Tezpur Lunatic Asylum reports 1895-1904 - 1895-1904
Year: 1895
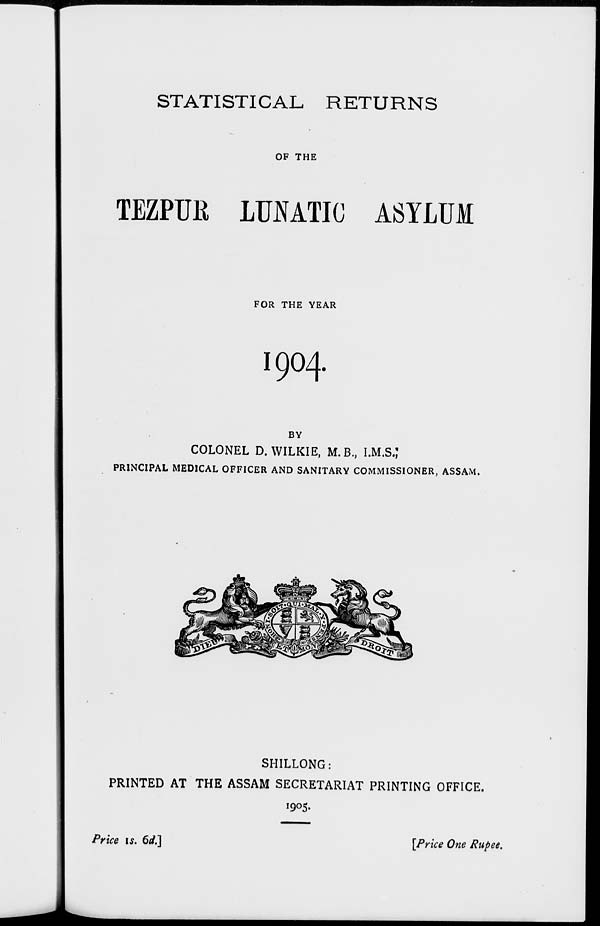
STATISTICAL RETURNS
OF THE
TEZPUK LUNATIC ASYLUM
FOR THE YEAR
1904
BY
COLONEL D. WILKIE, M.B., I.M.S.;
PRINCIPAL MEDICAL OFFICER AND SANITARY COMMISSIONER, ASSAM.
SHILLONG:
PRINTED AT THE ASSAM SECRETARIAT PRINTING OFFICE.
1905.
Price is. 6di\
[Price One Rupee.